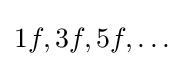
1f,3f,5f,\dots